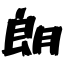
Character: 朗